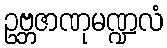
ဥဗ္ဘဇာဏုမဏ္ဍလံ